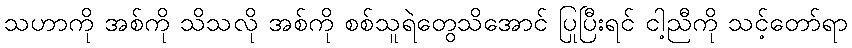
သဟာကို အစ်ကို သိသလို အစ်ကို စစ်သူရဲတွေသိအောင် ပြုပြီးရင် ငါ့ညီကို သင့်တော်ရာ